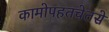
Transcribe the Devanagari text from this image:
कामोपहतचेतसे